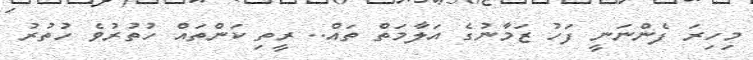
މިހިރަ ފެންނަނީ ފަހު ޒަމާނުގެ އަލާމަތް ތައް.. ރީތި ކަންތައް ހުތުރުވެ ހުތުރު